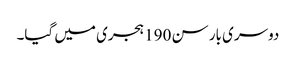
دوسری بار سن 190 ہجری میں گیا۔